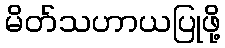
မိတ်သဟာယပြုဖို့